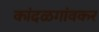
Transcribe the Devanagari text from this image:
कांदळगांवकर